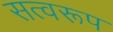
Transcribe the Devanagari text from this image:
सत्वरूप